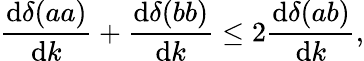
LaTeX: \frac{\mathrm{d}\delta(aa)}{\mathrm{d}k}+\frac{\mathrm{d}\delta(bb)}{\mathrm{d}k}\leq 2\frac{\mathrm{d}\delta(ab)}{\mathrm{d}k},